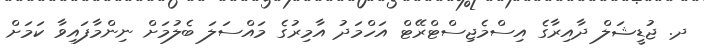
ދ. ޖުޑީޝަލް ދާއިރާގެ އިސްމެޖިސްޓްރޭޓް އަހްމަދު އާމިރުގެ މައްސަލަ ބެލުމަށް ނިންމާފައިވާ ކަމަށް